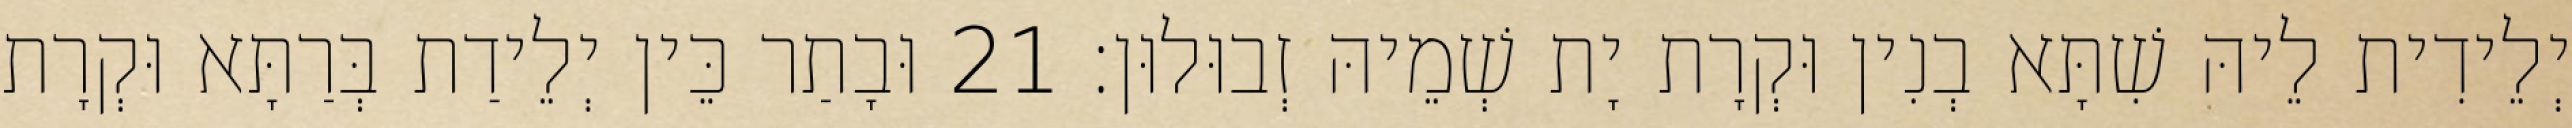
יְלֵידִית לֵיהּ שִׁתָּא בְנִין וּקְרָת יָת שְׁמֵיהּ זְבוּלוּן׃ 21 וּבָתַר כֵּין יְלֵידַת בְּרַתָּא וּקְרָת